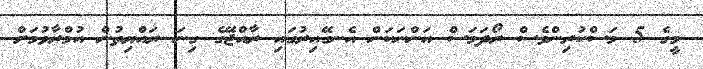
މީގެ 5 މަސްކުރިންވެސް ރޯދަމަސް އަންނަކަން އެނގޭއިރުގައި ރާއްޖޭގެ ގިނަ ރައްޔިތުން އުމްރާވުމަށް